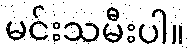
မင်းသမီးပါ။